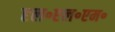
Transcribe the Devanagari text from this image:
एल॰एल॰एम॰